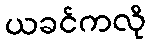
ယခင်ကလို